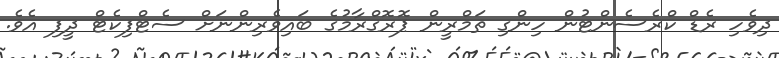
ދިވެހި ރެޑް ކްރެސެންޓުން ހިންގި ތަމްރީން ޕޮރޮގްރާމުގެ ބައިވެރިންނަށް ސެޓްފިކެޓް ދީފި އެވެ.